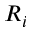
R _ { i }